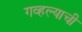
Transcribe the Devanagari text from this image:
गव्हल्याची